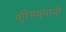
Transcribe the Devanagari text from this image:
पुरिसयुगानी